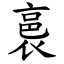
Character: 裛